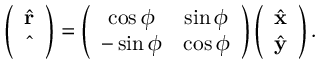
\begin{array} { r } { \left( \begin{array} { c } { \hat { \bf r } } \\ { \hat { \bf \Phi } } \end{array} \right) = \left( \begin{array} { c c } { \cos \phi } & { \sin \phi } \\ { - \sin \phi } & { \cos \phi } \end{array} \right) \left( \begin{array} { c } { \hat { \bf x } } \\ { \hat { \bf y } } \end{array} \right) . } \end{array}